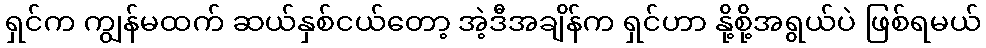
ရှင်က ကျွန်မထက် ဆယ်နှစ်ငယ်တော့ အဲ့ဒီအချိန်က ရှင်ဟာ နို့စို့အရွယ်ပဲ ဖြစ်ရမယ်